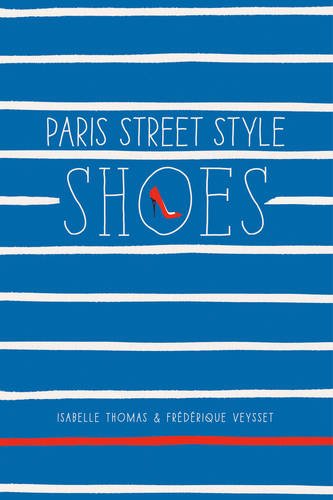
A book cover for Paris Street Style: Shoes; Isabelle Thomas; Health, Fitness & Dieting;